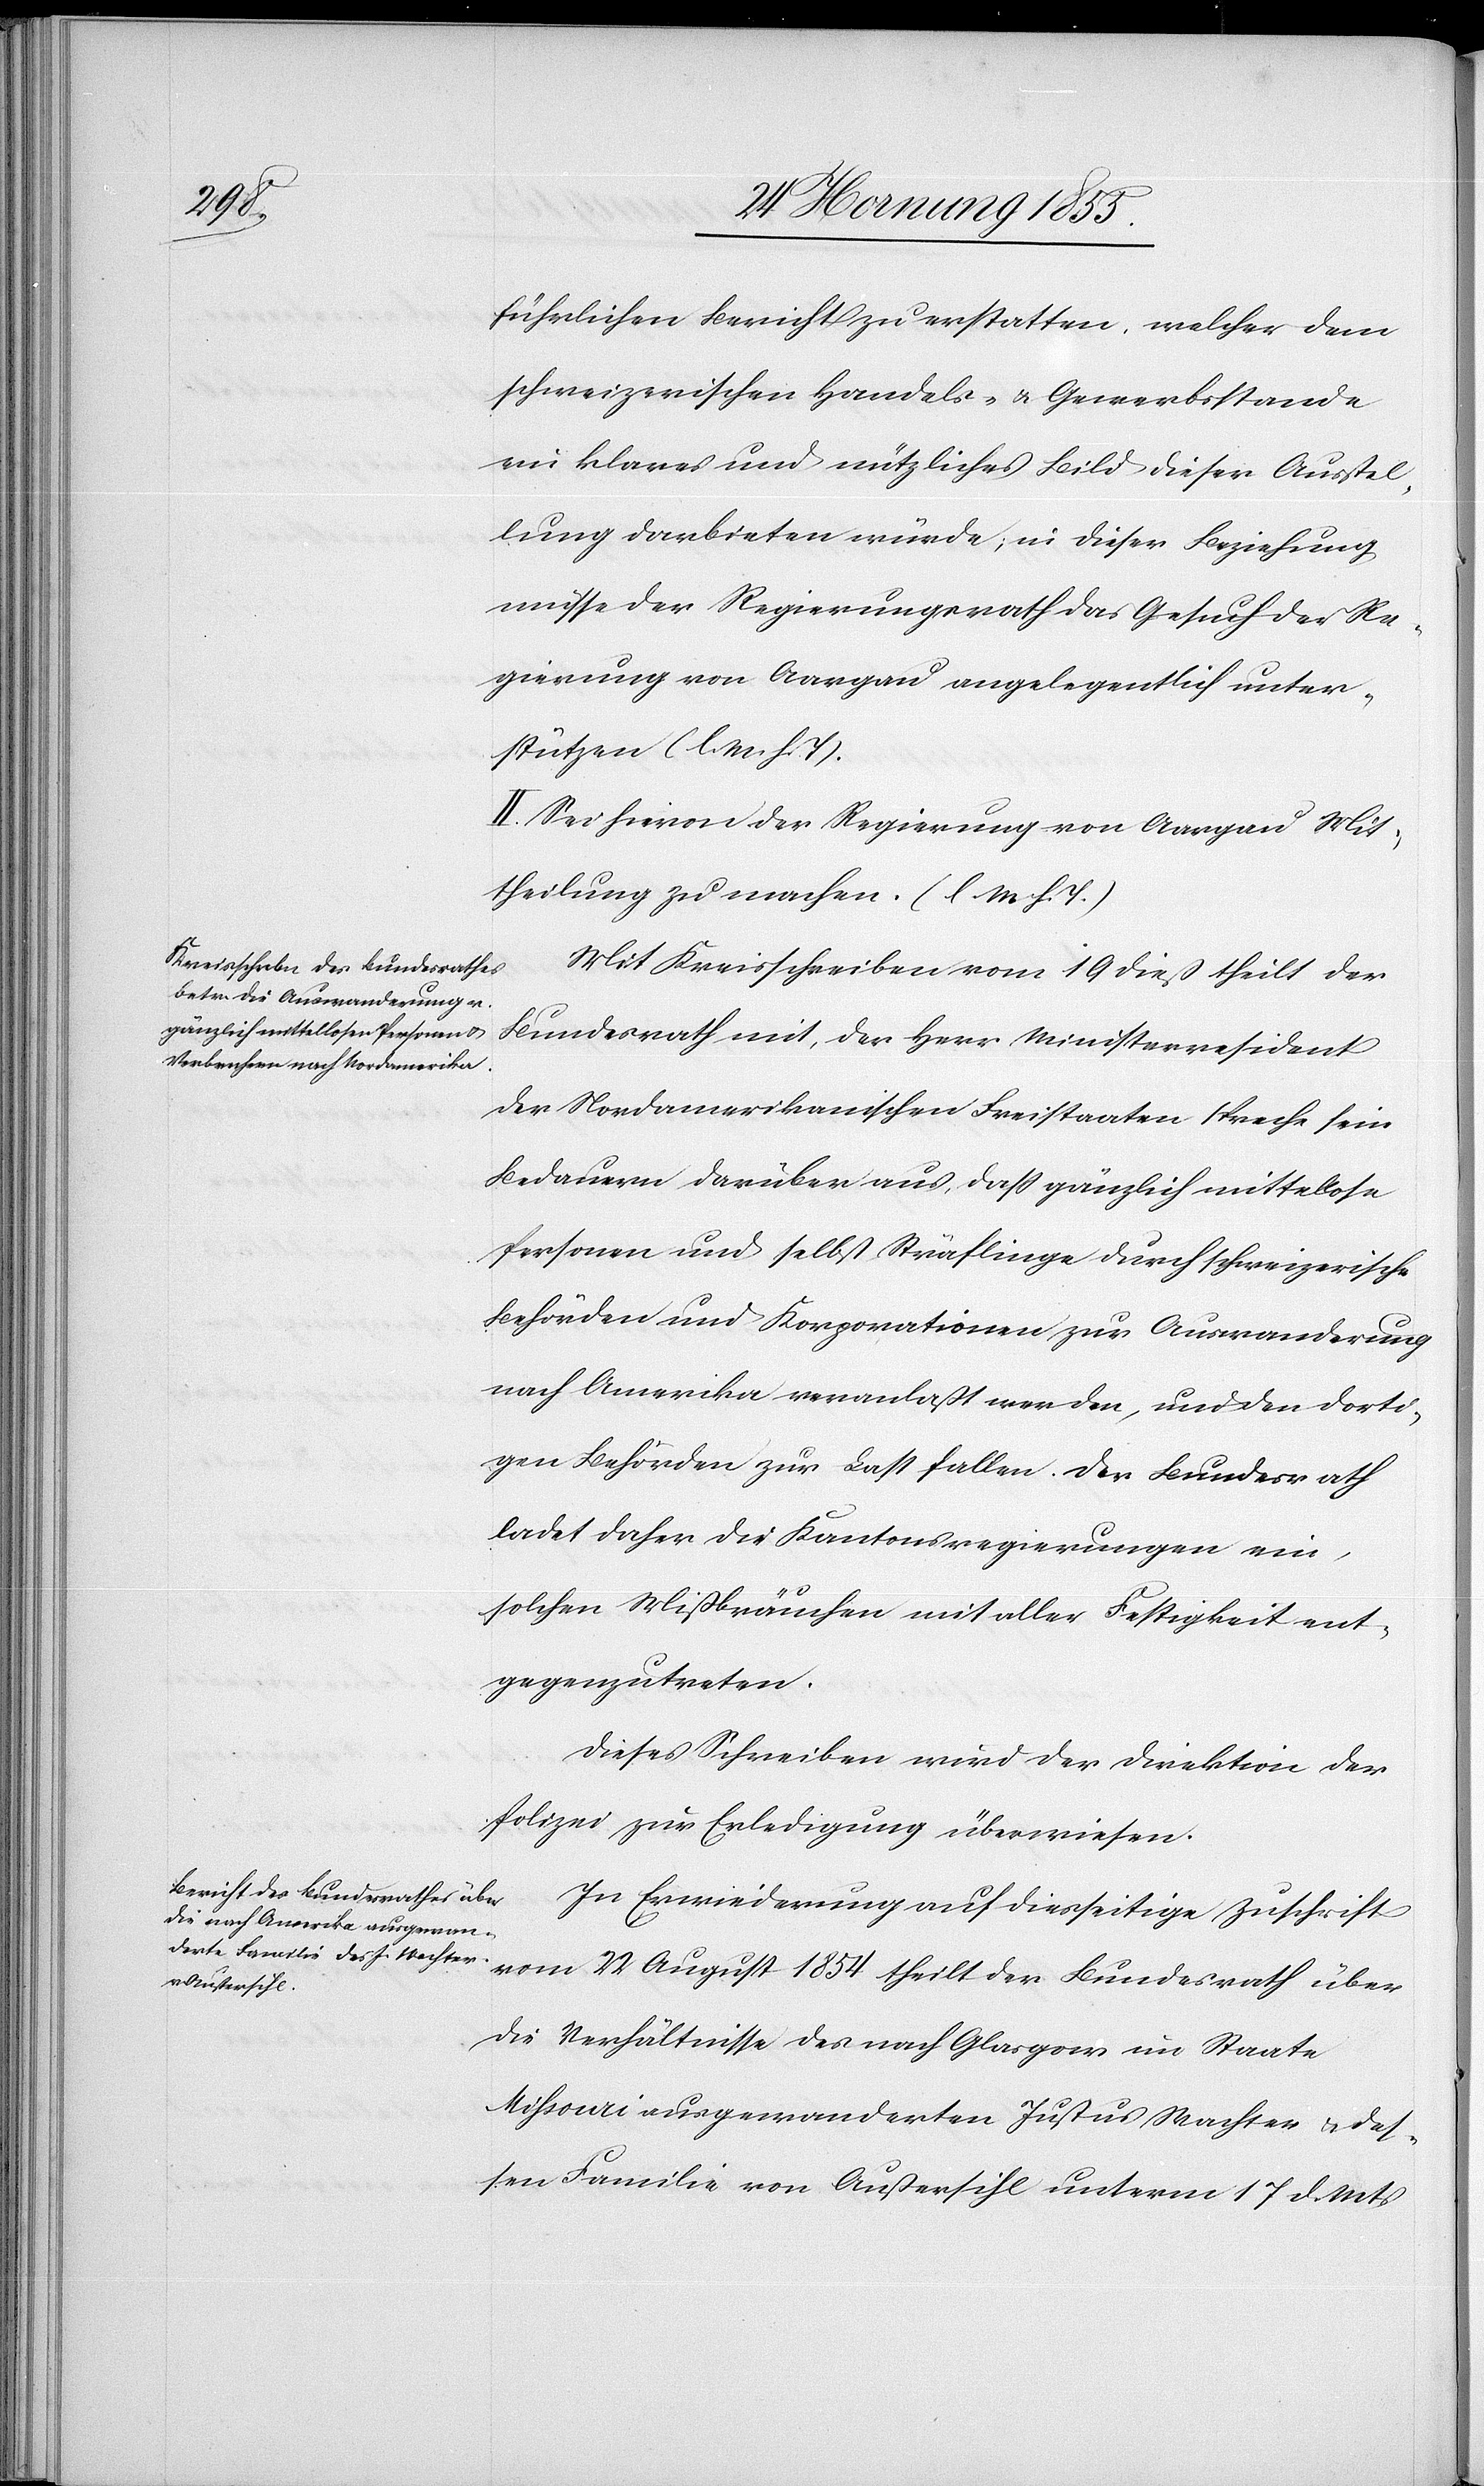
führlichen Bericht zu erstatten, welcher dem
schweizerischen Handels- & Gewerbsstande
ein klares und nützliches Bild dieser Ausstel¬
lung darbieten würde; in dieser Beziehung
müsse der Regierungsrath das Gesuch der Re¬
gierung von Aargau angelegentlich unter¬
stützen (l. M. h. T).
II. Sei hievon der Regierung von Aargau Mit¬
theilung zu machen. (l M h. T.)
Mit Kreisschreiben vom 19 dieß theilt der
Bundesrath mit, der Herr Ministerresident
der Nordamerikanischen Freistaaten spreche sein
Bedauern darüber aus, dass gänzlich mittellose
Personen und selbst Sträflinge durch schweizerische
Behörden und Korporationen zur Auswanderung
nach Amerika veranlaßt werden, und den dorti¬
gen Behörden zur Last fallen. Der Bundesrath
ladet daher die Kantonsregierungen ein,
solchen Mißbräuchen mit aller Festigkeit ent¬
gegenzutreten.
Dieses Schreiben wird der Direktion der
Polizei zur Erledigung überwiesen.
In Erwiederung auf diesseitige Zuschrift
vom 22 August 1854 theilt der Bundesrath über
die Verhältnisse des nach Glasgow im Staate
Missouri ausgewanderten Justus Wachter & des¬
sen Familie von Außersihl unterm 17 d. Mts